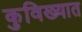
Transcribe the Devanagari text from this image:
कुविख्यात